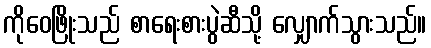
ကိုဝေဖြိုးသည် စာရေးစားပွဲဆီသို့ လျှောက်သွားသည်။